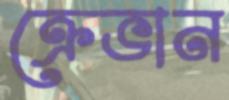
ক্রেভান